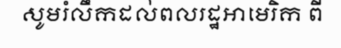
សូមរំលឹកដល់ពលរដ្ឋអាមេរិក ពី